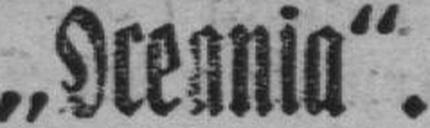
„Oceania“.